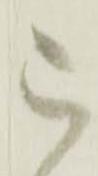
被